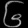
Digit: ၆